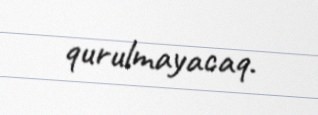
qurulmayacaq.